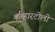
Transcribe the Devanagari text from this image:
कन्हारटोली